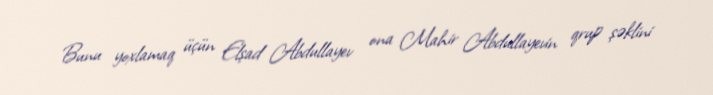
Bunu yoxlamaq üçün Elşad Abdullayev ona Mahir Abdullayevin qrup şəklini